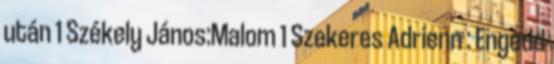
után 1 Székely János:Malom 1 Szekeres Adrienn : Engedd